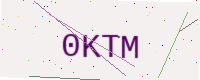
Text: 0KTM